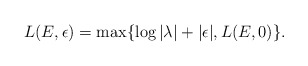
\begin{align*}L(E,\epsilon)=\max \{\log |\lambda|+|\epsilon|,L(E,0)\}.\end{align*}